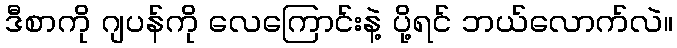
ဒီစာကို ဂျပန်ကို လေကြောင်းနဲ့ ပို့ရင် ဘယ်လောက်လဲ။